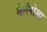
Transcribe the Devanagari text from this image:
मेलॅनोमा